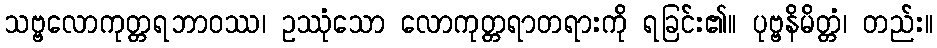
သဗ္ဗလောကုတ္တရဘာဝဿ၊ ဥဿုံသော လောကုတ္တရာတရားကို ရခြင်း၏။ ပုဗ္ဗနိမိတ္တံ၊ တည်း။